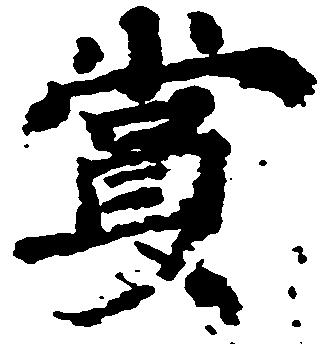
賞